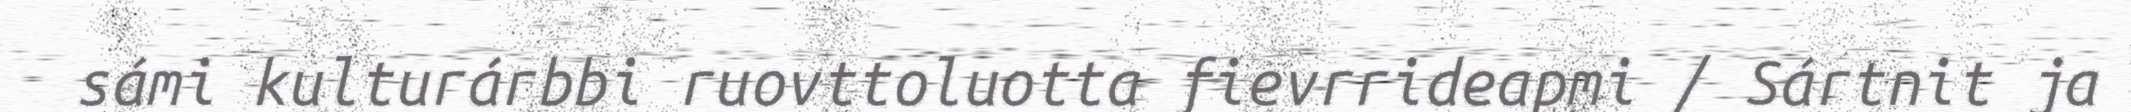
sámi kulturárbbi ruovttoluotta fievrrideapmi / Sártnit ja